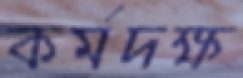
কর্মদক্ষ